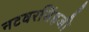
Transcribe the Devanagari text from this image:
नटवरसिंहजी